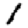
Digit: 1